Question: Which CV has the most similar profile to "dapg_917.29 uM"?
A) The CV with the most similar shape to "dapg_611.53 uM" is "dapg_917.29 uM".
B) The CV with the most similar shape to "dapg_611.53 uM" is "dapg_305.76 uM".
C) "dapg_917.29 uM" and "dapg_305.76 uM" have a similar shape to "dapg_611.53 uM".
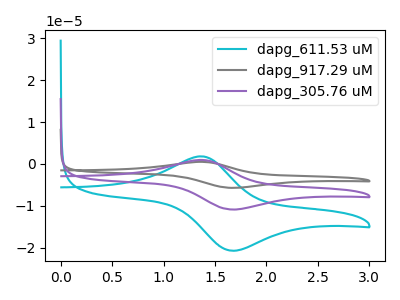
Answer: <think>The cyan curve "dapg_611.53 uM" has an anodic peak at (1.35V, 1.80uA) and a cathodic peak at (1.65V, -20.75uA). The gray curve "dapg_917.29 uM" has an anodic peak at (1.35V, 1.90uA) and a cathodic peak at (1.65V, -21.85uA). The purple curve "dapg_305.76 uM" has an anodic peak at (1.35V, 0.95uA) and a cathodic peak at (1.65V, -10.90uA).
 All the peaks in "dapg_611.53 uM" have a peak in "dapg_917.29 uM" at the same potential. Every peak in "dapg_611.53 uM" is lower than every peak in "dapg_917.29 uM". All the peaks in "dapg_611.53 uM" have a peak in "dapg_305.76 uM" at the same potential. Every peak in "dapg_611.53 uM" is higher than every peak in "dapg_305.76 uM". All the peaks in "dapg_917.29 uM" have a peak in "dapg_305.76 uM" at the same potential. Every peak in "dapg_917.29 uM" is higher than every peak in "dapg_305.76 uM".</think>
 <answer>C) "dapg_917.29 uM" and "dapg_305.76 uM" have a similar shape to "dapg_611.53 uM".</answer>
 <eval>C</eval>